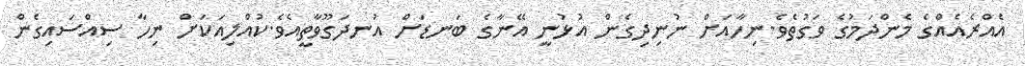
އެއްރެއެއްގެ މެންދަމުގެ ވަގުތެވެ.ނިހާއަށް ނުނިދިގެން އުޅުނީ އޭނާގެ ބަނޑަށް އުނދަގޫވާތީއެވެ.ކުއްލިއަކަށް ނިހާ ސިއްސައިގެން